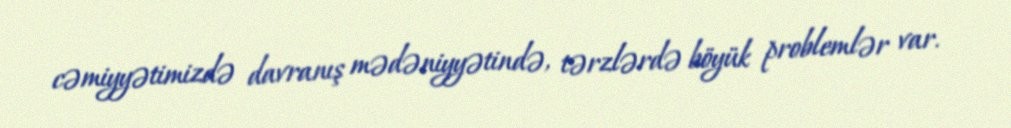
cəmiyyətimizdə davranış mədəniyyətində, tərzlərdə böyük problemlər var.